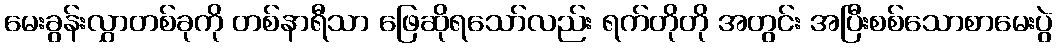
မေးခွန်းလွှာတစ်ခုကို တစ်နာရီသာ ဖြေဆိုရသော်လည်း ရက်တိုတို အတွင်း အပြီးစစ်သောစာမေးပွဲ